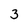
Character: 3